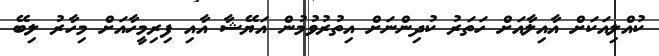
ކުއްލިއަކަށް އާއިލާއަށް ހަތަރު ކުދިންނަށް އިތުރުވުމުން އަޔޭޝާ އާއި ފިރިމީހާއަށް މިހާރު ލިބޭ